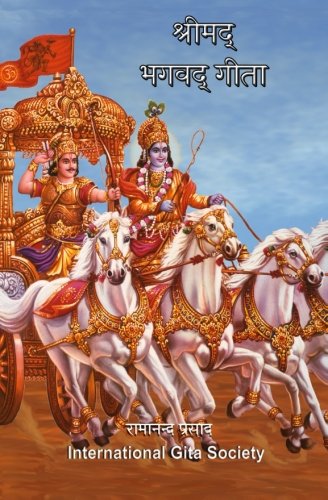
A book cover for The Bhagavad-Gita (Sanskrit-Hindi): Original 700 Sanskrit verses translated and explained in Hindi language. (Hindi Edition); Dr. Ramananda Prasad Ph.D.; Religion & Spirituality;